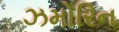
ઝમોરિન